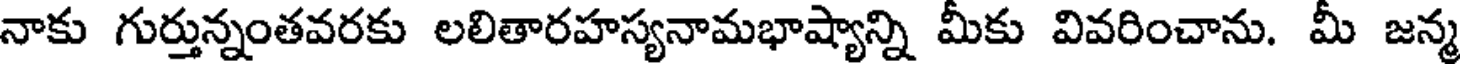
నాకు గుర్తున్నంతవరకు లలితారహస్యనామభాష్యాన్ని మీకు వివరించాను. మీ జన్మ